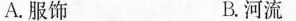
A.服饰 B.河流